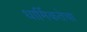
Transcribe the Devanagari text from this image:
धार्मिकतेचा